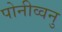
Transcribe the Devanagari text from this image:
पोनीव्वनु